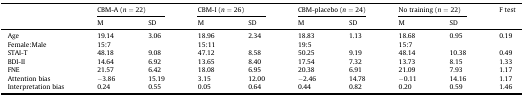
| <ROWSPAN=2>  | <COLSPAN=2> CBM-A (n = 22) | <COLSPAN=2> CBM-I (n = 26) | <COLSPAN=2> CBM-placebo (n = 24) | <COLSPAN=2> No training (n = 22) | <ROWSPAN=2> F test |
 | M | SD | M | SD | M | SD | M | SD |
 | --- | --- | --- | --- | --- | --- | --- | --- | --- | --- |
 | Age | 19.14 | 3.06 | 18.96 | 2.34 | 18.83 | 1.13 | 18.68 | 0.95 | 0.19 |
 | Female:Male | 15:7 |  | 15:11 |  | 19:5 |  | 15:7 |  |  |
 | STAI-T | 48.18 | 9.08 | 47.12 | 8.58 | 50.25 | 9.19 | 48.14 | 10.38 | 0.49 |
 | BDI-II | 14.64 | 6.92 | 13.65 | 8.40 | 17.54 | 7.32 | 13.73 | 8.15 | 1.33 |
 | FNE | 21.57 | 6.42 | 18.08 | 6.95 | 20.38 | 6.91 | 21.09 | 7.93 | 1.17 |
 | Attention bias | −3.86 | 15.19 | 3.15 | 12.00 | −2.46 | 14.78 | −0.11 | 14.16 | 1.17 |
 | Interpretation bias | 0.24 | 0.55 | 0.05 | 0.64 | 0.44 | 0.82 | 0.20 | 0.59 | 1.46 |